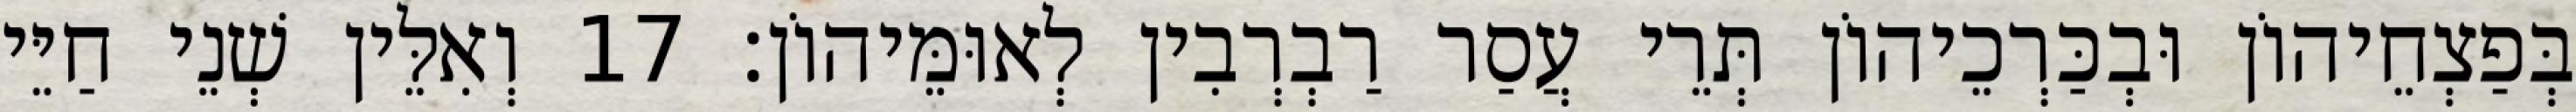
בְּפַצְחֵיהוֹן וּבְכַּרְכֵיהוֹן תְּרֵי עֲסַר רַבְרְבִין לְאוּמֵּיהוֹן׃ 17 וְאִלֵּין שְׁנֵי חַיֵּי